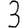
Digit: 3